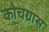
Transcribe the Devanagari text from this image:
कोचग्रास